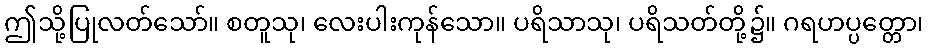
ဤသို့ပြုလတ်သော်။ စတူသု၊ လေးပါးကုန်သော။ ပရိသာသု၊ ပရိသတ်တို့၌။ ဂရဟပ္ပတ္တော၊